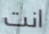
انت